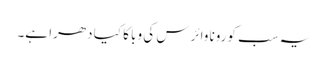
یہ سب کورونا وائرس کی وبا کا کیا دھرا ہے۔